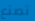
تصنع